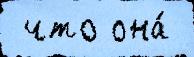
 что она́